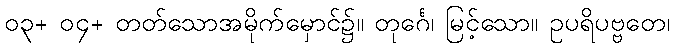
၀၃+ ၀၄+ တတ်သောအမိုက်မှောင်၌။ တုင်္ဂေ၊ မြင့်သော။ ဥပရိပဗ္ဗတေ၊